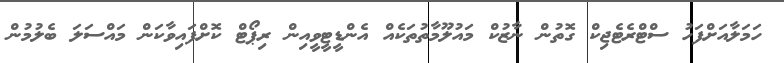
ހަމަލާއަށްފަހު ސްޓްރެޓެޖިކް ގޮތުން ނާޒުކް މައުލޫމާތުތަކެއް އެންޑީޓީވީއިން ރިޕޯޓް ކޮށްފައިވާކަން މައްސަލަ ބެލުމުން